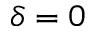
\delta = 0